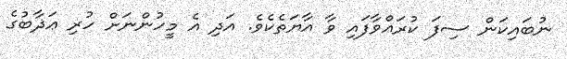
ނުބައިކަން ސިފަ ކުރައްވާފައި ވާ އާޔަތެކެވެ. އަދި އެ މީހުންނަށް ހުރި ޢަޛާބުގެ